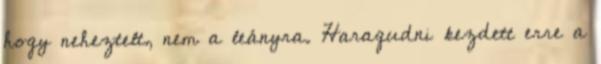
hogy neheztelt, nem a leányra. Haragudni kezdett erre a